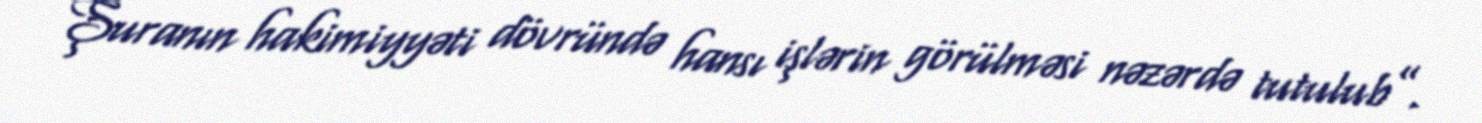
Şuranın hakimiyyəti dövründə hansı işlərin görülməsi nəzərdə tutulub”.